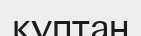
құптан